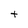
Character: t